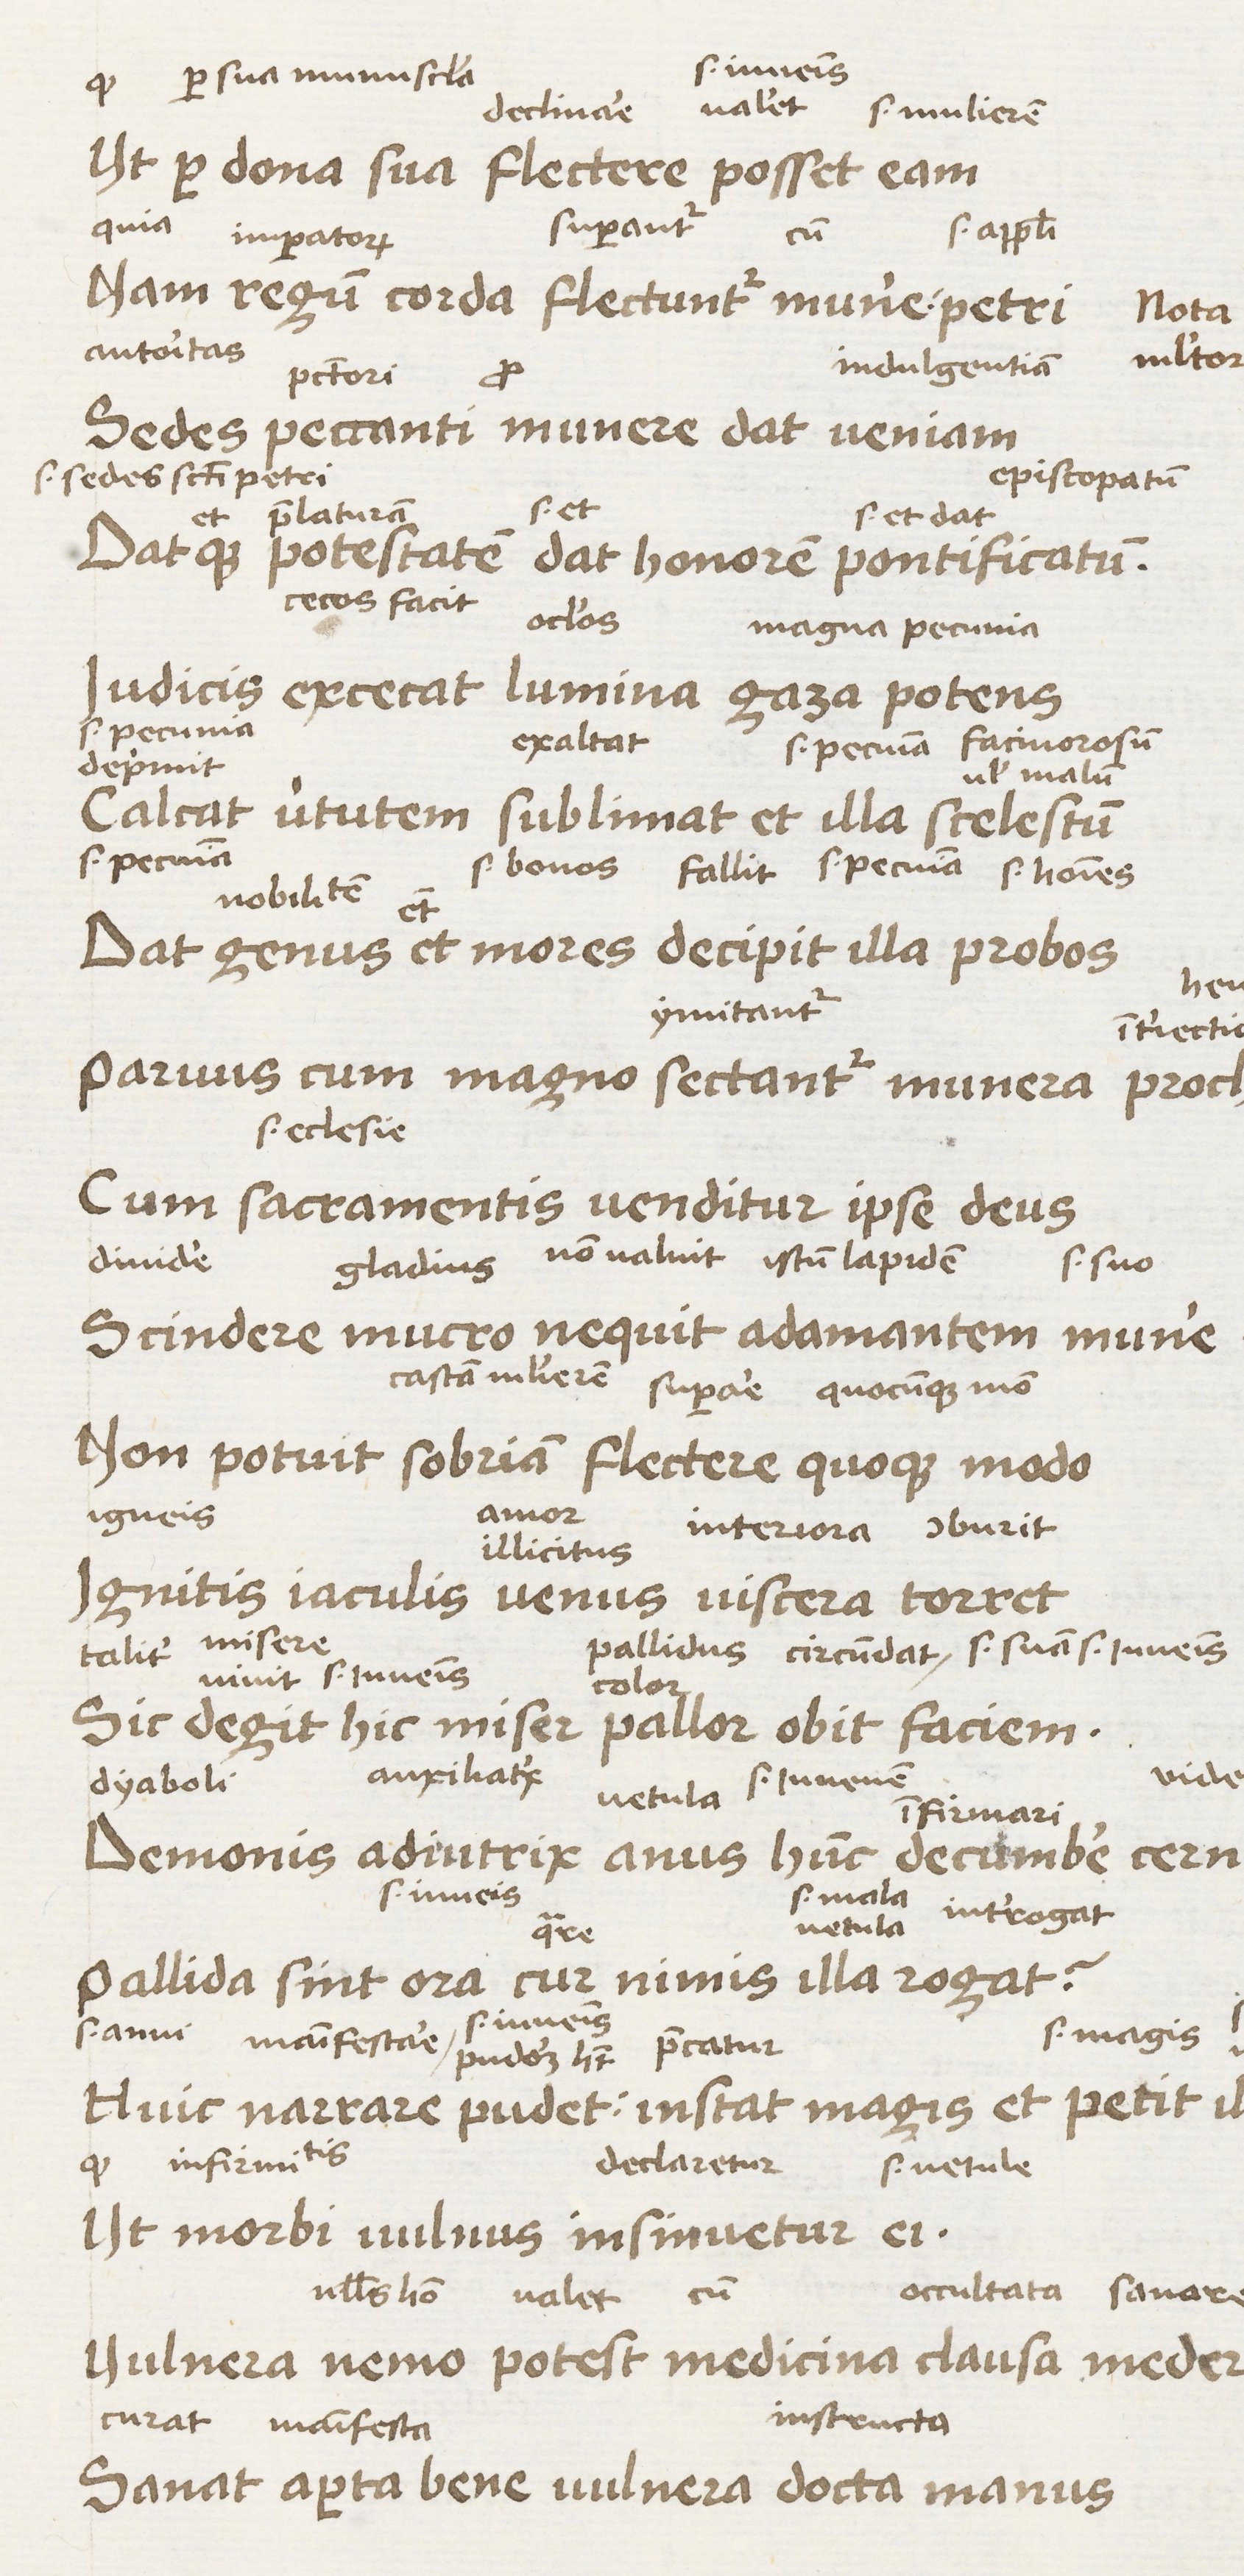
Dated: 1450–1474